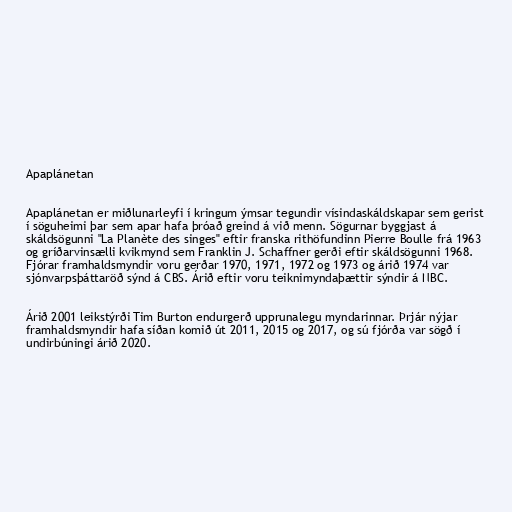
Apaplánetan

Apaplánetan er miðlunarleyfi í kringum ýmsar tegundir vísindaskáldskapar sem gerist
í söguheimi þar sem apar hafa þróað greind á við menn. Sögurnar byggjast á
skáldsögunni "La Planète des singes" eftir franska rithöfundinn Pierre Boulle frá 1963
og gríðarvinsælli kvikmynd sem Franklin J. Schaffner gerði eftir skáldsögunni 1968.
Fjórar framhaldsmyndir voru gerðar 1970, 1971, 1972 og 1973 og árið 1974 var
sjónvarpsþáttaröð sýnd á CBS. Árið eftir voru teiknimyndaþættir sýndir á NBC.

Árið 2001 leikstýrði Tim Burton endurgerð upprunalegu myndarinnar. Þrjár nýjar
framhaldsmyndir hafa síðan komið út 2011, 2015 og 2017, og sú fjórða var sögð í
undirbúningi árið 2020.